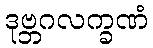
ဒုဗ္ဘဂလက္ခဏံ